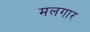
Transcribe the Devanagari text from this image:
मलगार